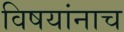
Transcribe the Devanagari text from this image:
विषयांनाच